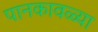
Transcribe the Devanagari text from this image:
पानकावळ्या